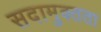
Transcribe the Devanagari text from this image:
सदामुक्तता